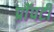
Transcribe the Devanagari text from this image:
प्राॅपर्टी